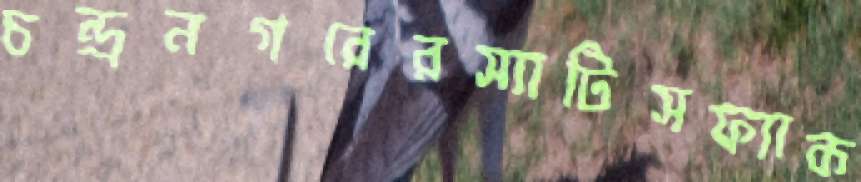
চন্দ্রনগরেরস্যাটিসফ্যাক